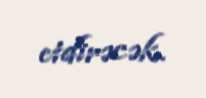
etdirəcək.